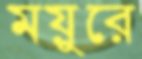
ময়ুরে